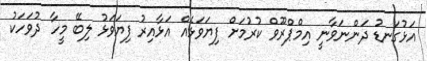
އަޅުގަނޑު ދަންނަވާނީ އިމްޕްރޫވް ކުރުމަށް ފިޔަވަޅެއް އަޅާއިރު ފިޔަވަޅު ލިބޭ މީހާ ދުވަހަކު